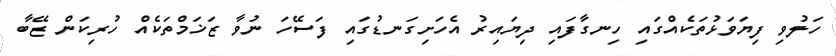
ހަލުވި ފިޔަވަޅުތަކެއްގައި ހިނގާފައި ދިޔައިރު އެހަށިގަނޑުގައި ފަސޭހަ ނުވާ ޒަޚަމްތަކެއް ހުރިކަން ޒޭބާ